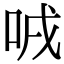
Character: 㖅